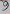
Text: 9